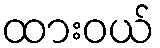
ထားဝယ်